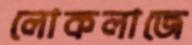
লোকলাজে